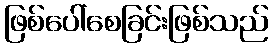
ဖြစ်ပေါ်စေခြင်းဖြစ်သည်